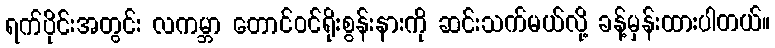
ရက်ပိုင်းအတွင်း လကမ္ဘာ တောင်ဝင်ရိုးစွန်းနားကို ဆင်းသက်မယ်လို့ ခန့်မှန်းထားပါတယ်။